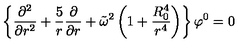
\left\{ { \frac { \partial ^ { 2 } } { \partial r ^ { 2 } } } + { \frac { 5 } { r } } { \frac { \partial } { \partial r } } + \tilde { \omega } ^ { 2 } \left( 1 + { \frac { R _ { 0 } ^ { 4 } } { r ^ { 4 } } } \right) \right\} \varphi ^ { 0 } = 0